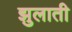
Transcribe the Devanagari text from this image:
झुलाती